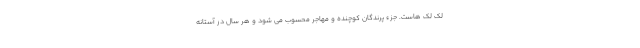
لک لک هاست. جزء پرندگان کوچنده و مهاجر محسوب می شود و هر سال در آستانه